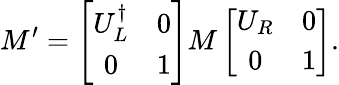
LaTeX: M^{\prime}=\left[\begin{array}{cc}{{U_{L}^{\dagger}}}&{{0}}\\ {{0}}&{{1}}\end{array}\right]M\left[\begin{array}{cc}{{U_{R}}}&{{0}}\\ {{0}}&{{1}}\end{array}\right].